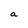
Character: a